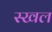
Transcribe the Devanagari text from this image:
स्खल